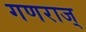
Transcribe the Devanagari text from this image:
गणराज्